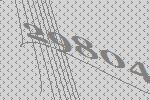
29804